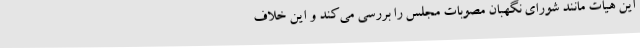
این هیات مانند شورای نگهبان مصوبات مجلس را بررسی می‌کند و این خلاف